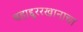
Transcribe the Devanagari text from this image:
बहाद्दुररखानाचा